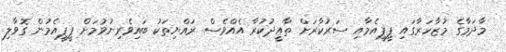
މާދަމާގެ މުޒާހަރާގައި ޕީޕީއެމާއި ސަރުކާރަށް ތާއީދުކުރާ އެއްވެސް ރައްޔިތަކު ބައިވެރިނުވުމަށް ޕީޕީއެމުން ގޮވާލި